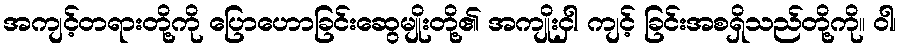
အကျင့်တရားတို့ကို ပြောဟောခြင်းဆွေမျိုးတို့၏ အကျိုးငှါ ကျင့် ခြင်းအစရှိသည်တို့ကို။ ဝါ၊